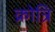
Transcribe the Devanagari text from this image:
क्रोत्रि